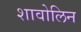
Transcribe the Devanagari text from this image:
शावोलिन